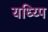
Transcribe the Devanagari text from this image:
यध्य्पि